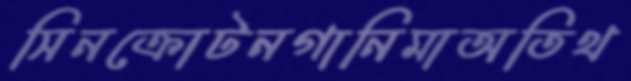
সিনক্রোটনগানিমাঅতিথ